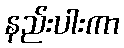
နည်းပါးကာ